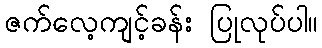
ဇက်လေ့ကျင့်ခန်း ပြုလုပ်ပါ။